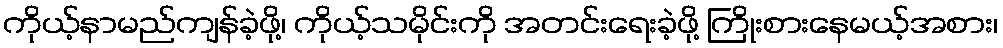
ကိုယ့်နာမည်ကျန်ခဲ့ဖို့၊ ကိုယ့်သမိုင်းကို အတင်းရေးခဲ့ဖို့ ကြိုးစားနေမယ့်အစား၊